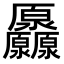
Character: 𠫒